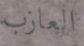
العازب